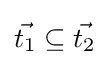
{\vec {t_{1}}}\subseteq {\vec {t_{2}}}